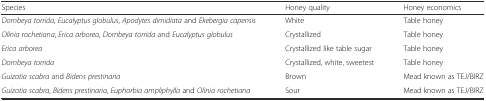
<table><thead><tr><td><b>Species</b></td><td><b>Honey quality</b></td><td><b>Honey economics</b></td></tr></thead><tbody><tr><td><i>Dombeya torrida</i>, <i>Eucalyptus globulus</i>, <i>Apodytes dimidiata</i> and <i>Ekebergia capensis</i></td><td>White</td><td>Table honey</td></tr><tr><td><i>Olinia rochetiana</i>, <i>Erica arborea</i>, <i>Dombeya torrida</i> and <i>Eucalyptus globulus</i></td><td>Crystallized</td><td>Table honey</td></tr><tr><td><i>Erica arborea</i></td><td>Crystallized like table sugar</td><td>Table honey</td></tr><tr><td><i>Dombeya torrida</i></td><td>Crystallized, white, sweetest</td><td>Table honey</td></tr><tr><td><i>Guizotia scabra</i> and <i>Bidens prestinaria</i></td><td>Brown</td><td>Mead known as TEJ/BIRZ</td></tr><tr><td><i>Guizotia scabra</i>, <i>Bidens prestinaria</i>, <i>Euphorbia ampliphylla</i> and <i>Olinia rochetiana</i></td><td>Sour</td><td>Mead known as TEJ/BIRZ</td></tr></tbody></table>